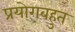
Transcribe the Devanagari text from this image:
प्रयोगबहुत